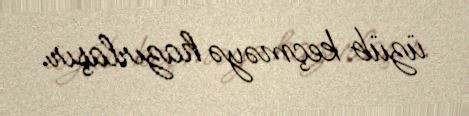
üzüb keçməyə hazırlaşır.